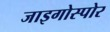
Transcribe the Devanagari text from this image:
जाइगोस्पोर